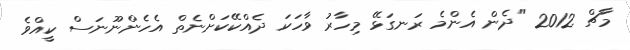
މާޗް 2012 "ދެން އެންމެ ރަނގަޅޭ މިހާރު ވާހަކަ ދެއްކޭކަށްނެތް އެހެންނޫނަސް ކީއްވެ